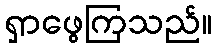
ရှာဖွေကြသည်။